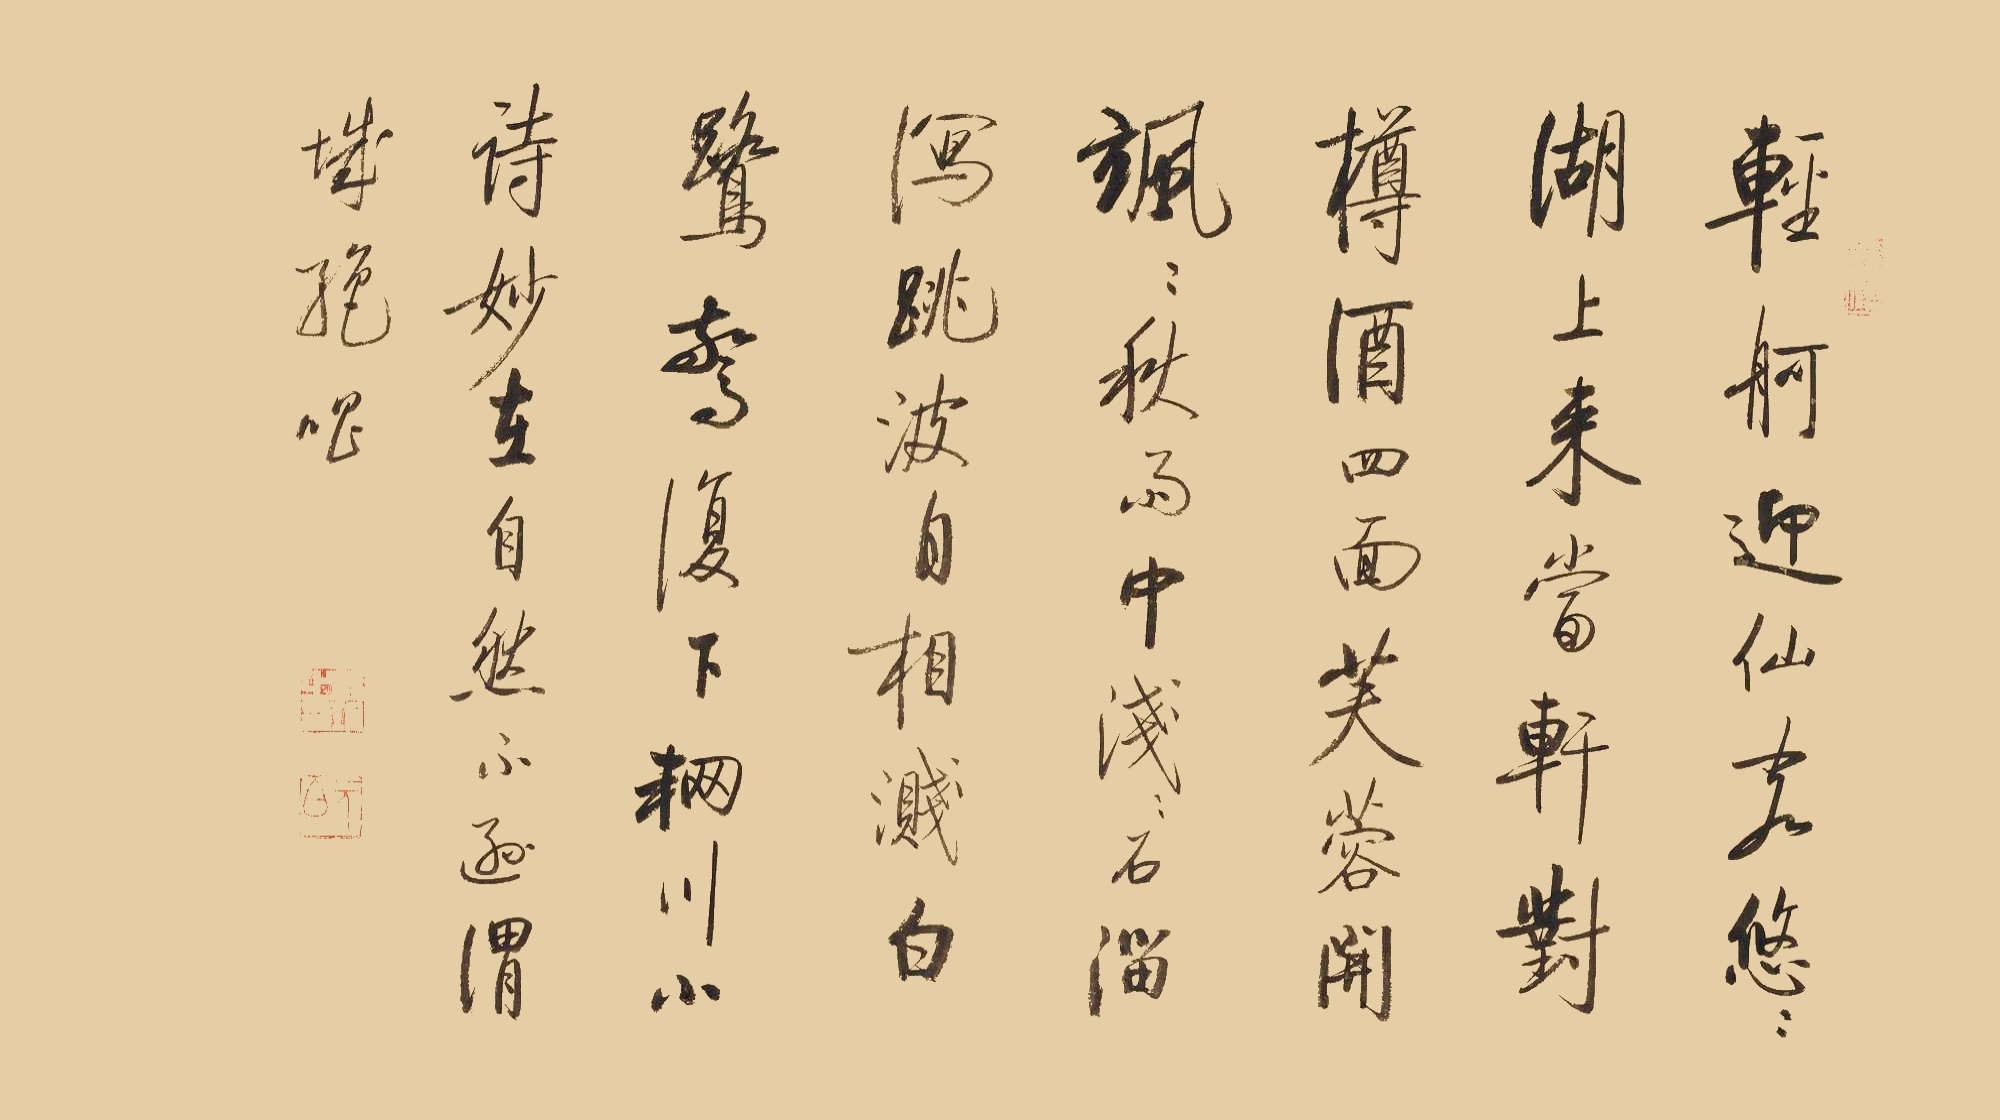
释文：轻舸迎仙客，悠悠湖上来。当轩对樽酒，四面芙蓉开。
飒飒秋雨中，浅浅石溜泻。跳波自相溅，白鹭惊复下。辋川小诗，妙在自然，不逊渭城绝唱。